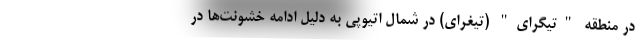
در منطقه "تیگرای" (تیغرای) در شمال اتیوپی به دلیل ادامه خشونت‌ها در